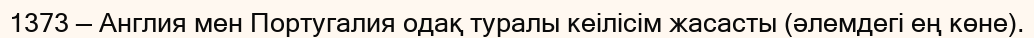
1373 — Англия мен Португалия одақ туралы кеілісім жасасты (әлемдегі ең көне).